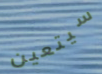
سيتعين